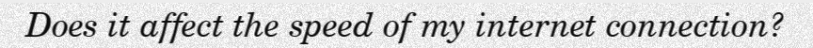
Does it affect the speed of my internet connection?